65_HS1-834228961_62-HQ-83894_Section_2
Agency: FBI
Page 66
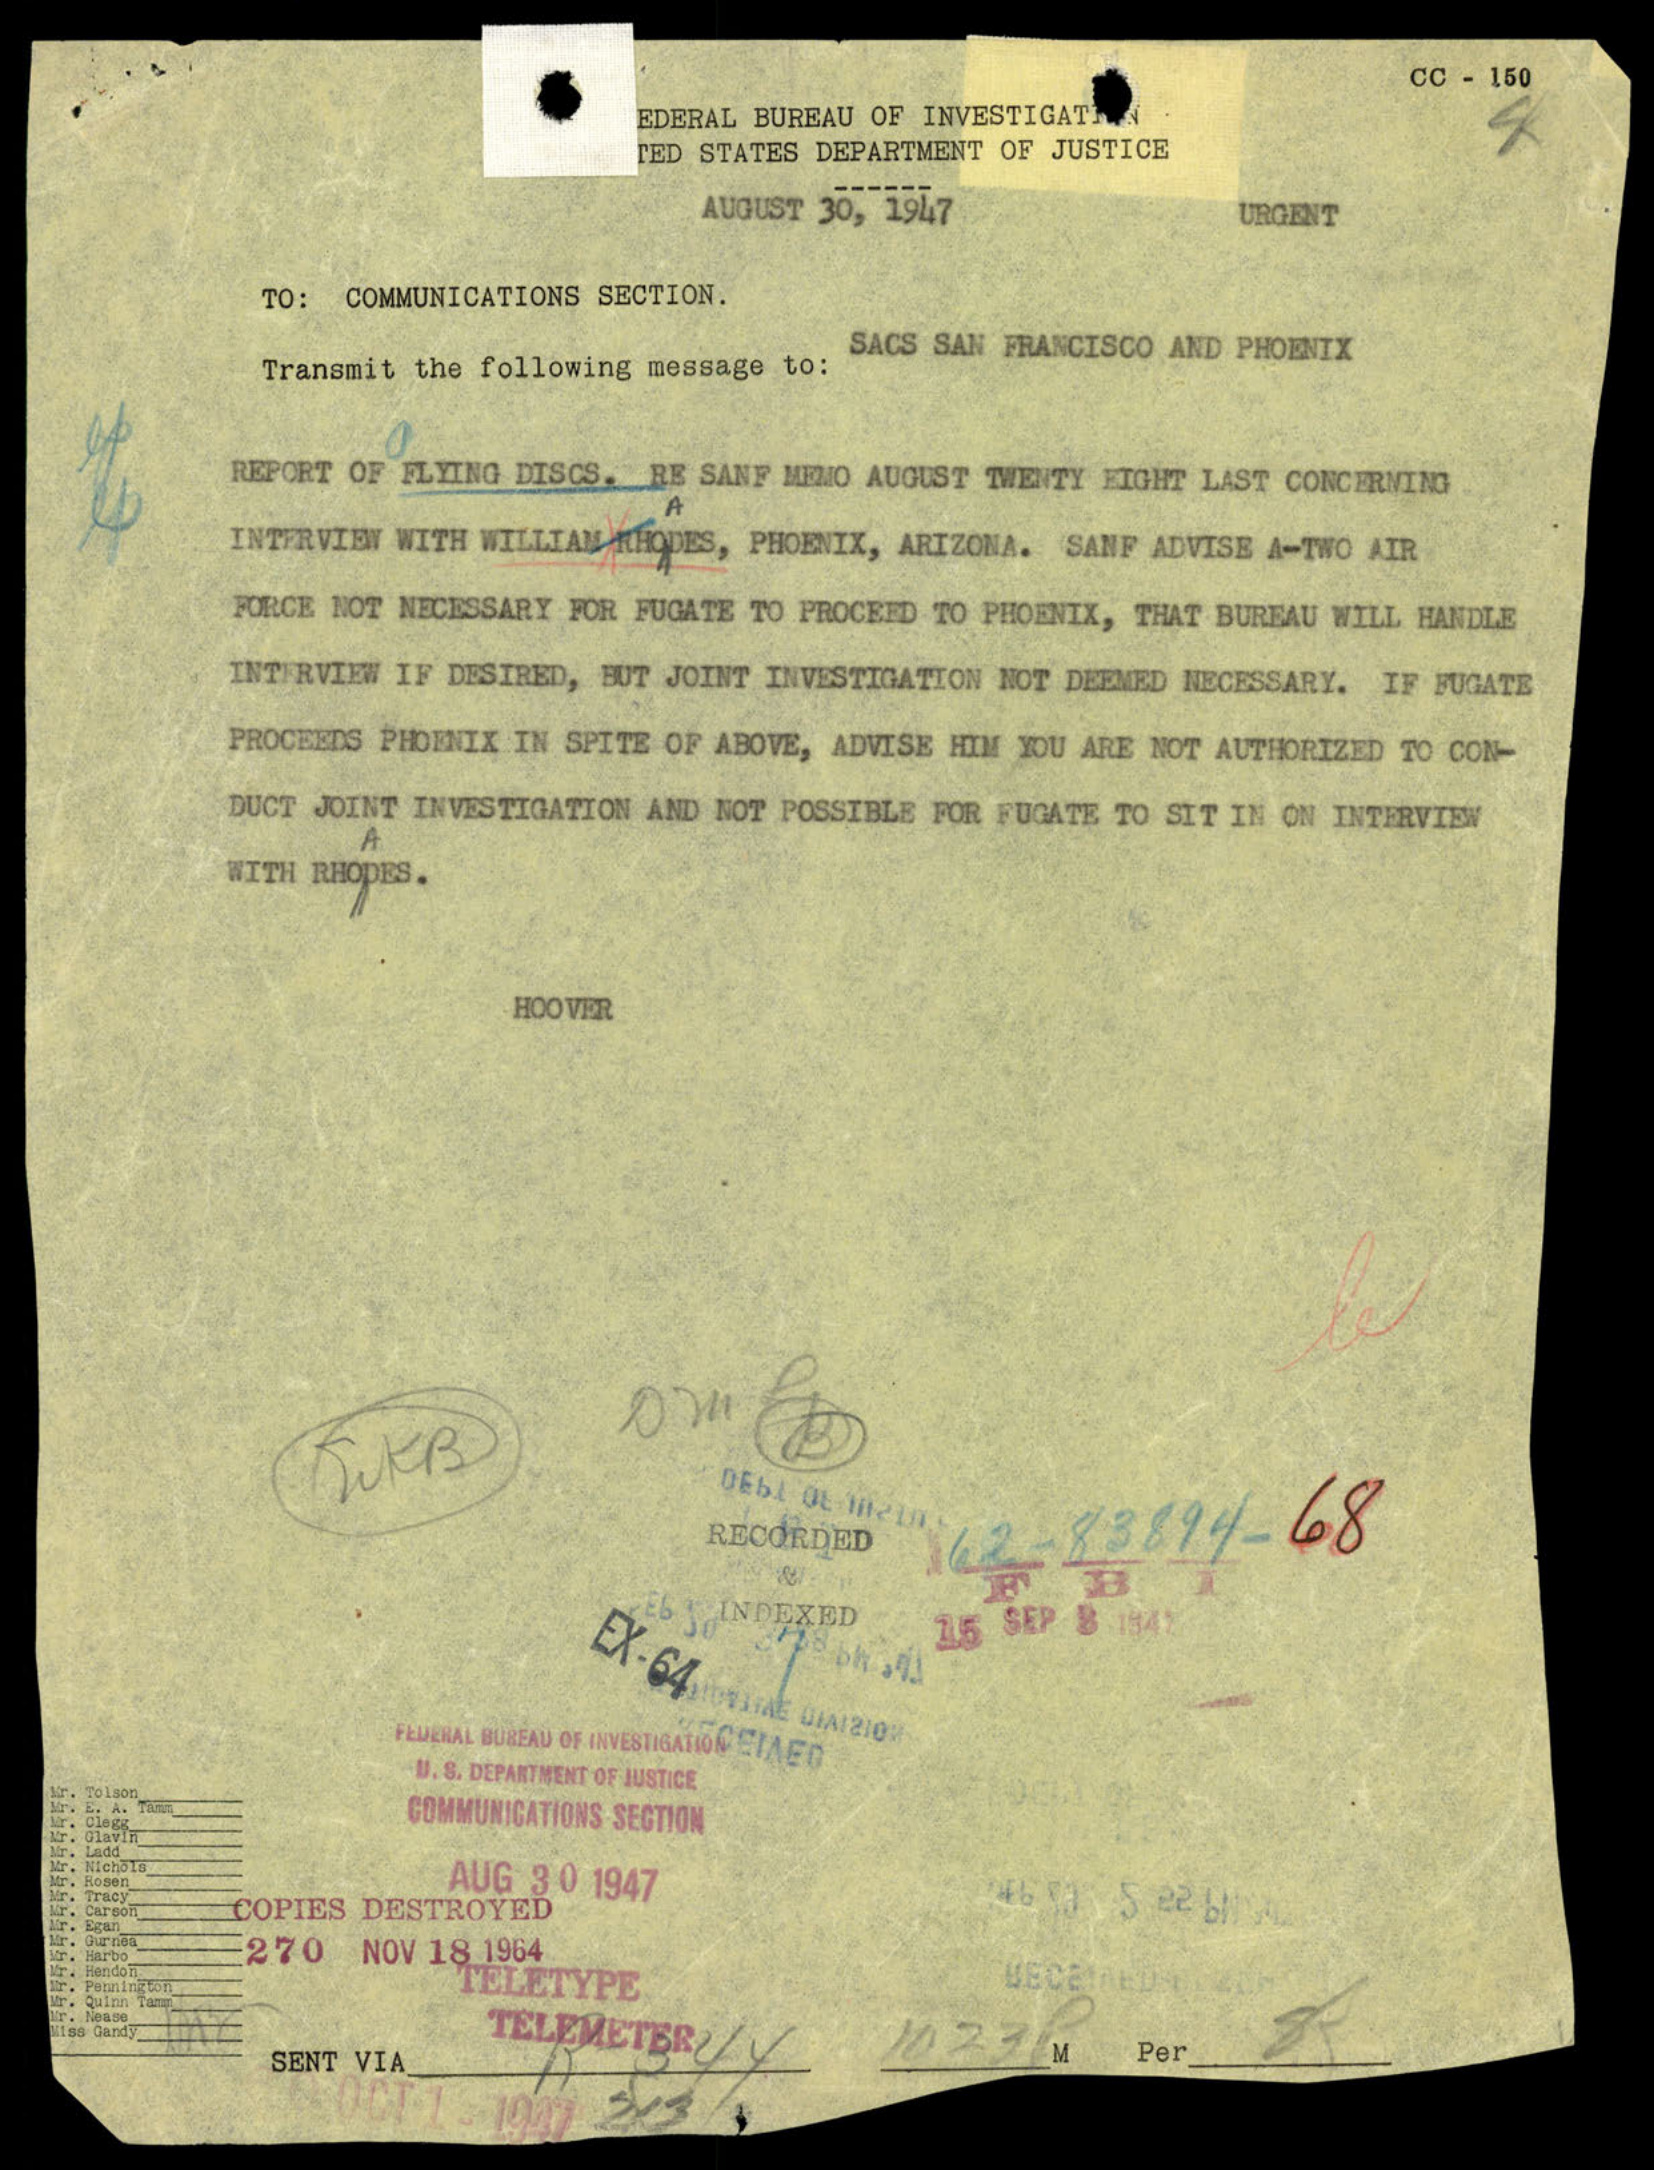